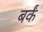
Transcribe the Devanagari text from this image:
बर्कं